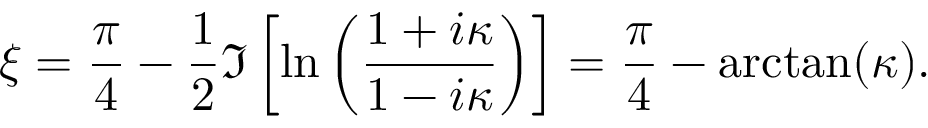
\xi = { \frac { \pi } { 4 } } - { \frac { 1 } { 2 } } \Im \left[ \ln \left( { \frac { 1 + i \kappa } { 1 - i \kappa } } \right) \right] = { \frac { \pi } { 4 } } - \arctan ( \kappa ) .